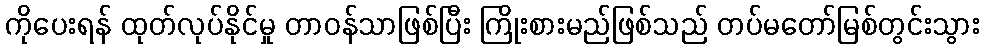
ကိုပေးရန် ထုတ်လုပ်နိုင်မှု တာဝန်သာဖြစ်ပြီး ကြိုးစားမည်ဖြစ်သည် တပ်မတော်မြစ်တွင်းသွား